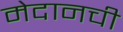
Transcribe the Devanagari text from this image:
मेदानची